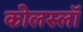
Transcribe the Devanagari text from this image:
कोलस्लॉ